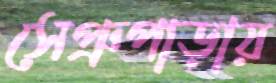
সেপ্রুপাড়ায়